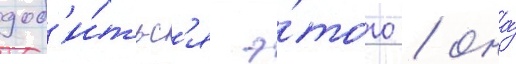
доб'и́тьс'я э́того / она́